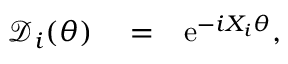
\begin{array} { r l r } { { \mathcal D } _ { i } ( \theta ) } & { { } = } & { \mathrm { e } ^ { - i { X } _ { i } \theta } , } \end{array}